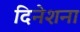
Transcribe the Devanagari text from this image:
दिनेशना